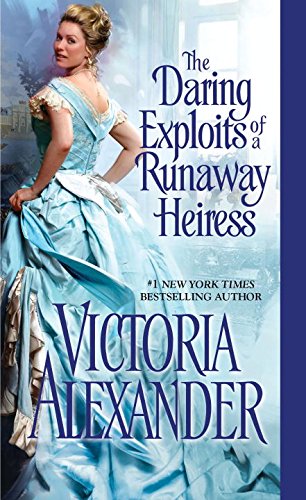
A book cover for The Daring Exploits of a Runaway Heiress; Victoria Alexander; Romance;